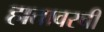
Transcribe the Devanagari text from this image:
हातावरची